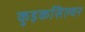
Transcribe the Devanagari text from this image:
कुइकसिल्वर